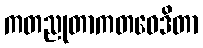
ကတညုတာကတဝေဒိတာ